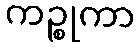
ကဉ္စုကာ